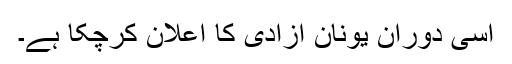
اسی دوران یونان آزادی کا اعلان کرچکا ہے۔